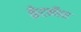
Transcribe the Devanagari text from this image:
कॅंटनीस